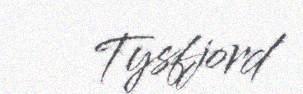
Tysfjord